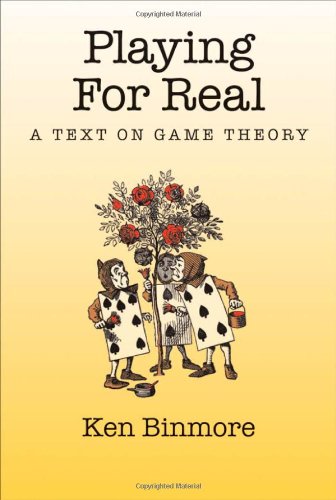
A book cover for Playing for Real: A Text on Game Theory; Ken Binmore; Science & Math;